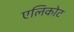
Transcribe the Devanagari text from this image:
एलिकोट